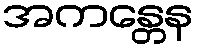
အကန္တေန